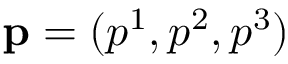
\mathbf { p } = ( p ^ { 1 } , p ^ { 2 } , p ^ { 3 } )